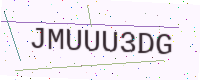
Text: JMUUU3DG